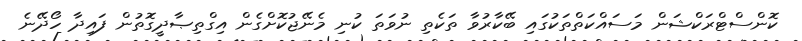
ކޮންސްޓްރަކްޝަން މަސައްކަތްތަކުގައި ބޭކާރުވާ ތަކެތި ނުވަތަ ކުނި މެނޭޖުކޮށްގެން އިގްތިޞާދީގޮތުން ފައިދާ ހޯދޭނެ